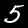
Digit: 5